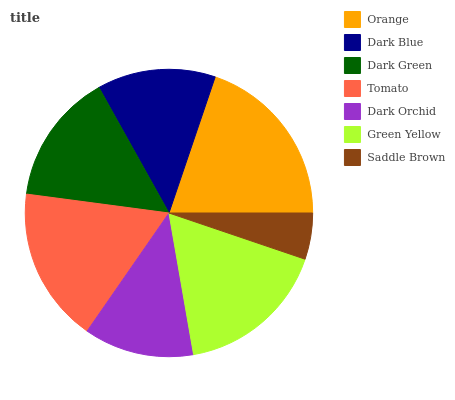
| Orange | Dark Blue | Dark Green | Tomato | Dark Orchid | Green Yellow | Saddle Brown |
 | --- | --- | --- | --- | --- | --- | --- |
 | 19.7% | 13.3% | 14.8% | 17.5% | 12.4% | 17% | 5.21% |